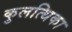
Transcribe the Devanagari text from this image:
कुलत्थिका